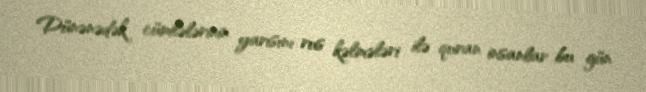
Dünənədək cümlələrinin yarısını rus kəlmələri ilə quran insanlar bu gün